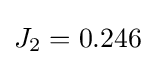
J_{2}=0.246